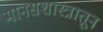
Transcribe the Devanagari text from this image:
मानसशास्त्रातून